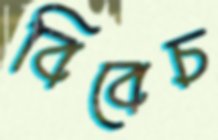
বিবেচ